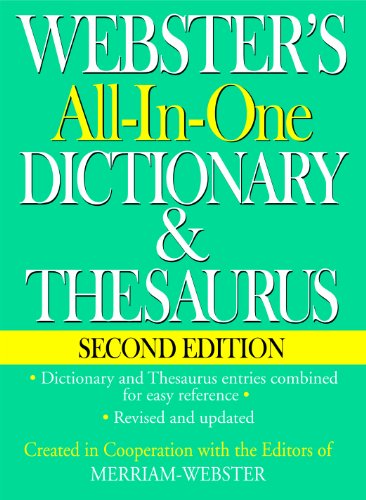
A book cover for Webster's All-In-One Dictionary & Thesaurus, Second Edition; Merriam-Webster; Reference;